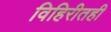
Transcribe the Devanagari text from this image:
विहिरीतही